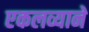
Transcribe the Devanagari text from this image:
एकलव्याने